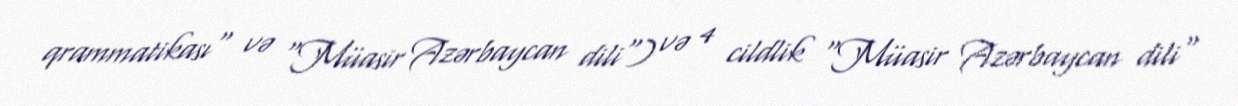
qrammatikası" və "Müasir Azərbaycan dili") və 4 cildlik "Müasir Azərbaycan dili"